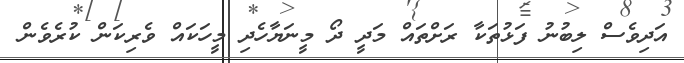
އަދިވެސް ލިބުނު ފަޅުތަކާ ރަށްތައް މަދީ ދޯ މީނަޔާހެދި މީހަކައް ވެރިކަން ކުރެވެން